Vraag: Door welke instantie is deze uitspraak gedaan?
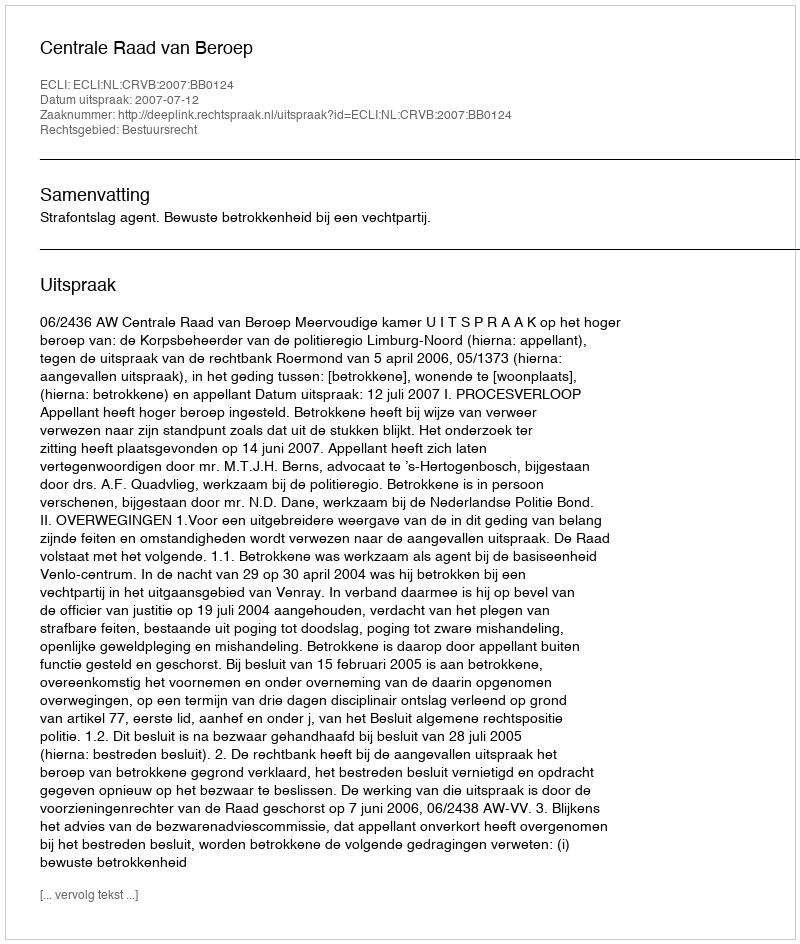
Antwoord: Centrale Raad van Beroep